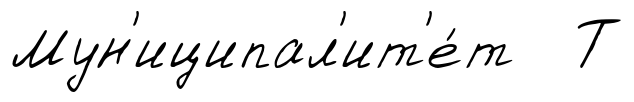
Мун'иципал'ит'е́т Т